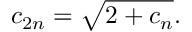
c _ { 2 n } = { \sqrt { 2 + c _ { n } } } .